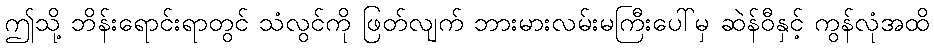
ဤသို့ ဘိန်းရောင်းရာတွင် သံလွင်ကို ဖြတ်လျက် ဘားမားလမ်းမကြီးပေါ်မှ ဆဲန်ဝီနှင့် ကွန်လုံအထိ